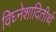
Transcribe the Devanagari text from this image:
विघ्नेशादितीर्थ